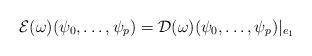
LaTeX: \begin{align*} \mathcal{E} (\omega) (\psi_0,\dots,\psi_{p})= \mathcal{D} (\omega) (\psi_0,\dots,\psi_{p}) \vert _{e_1}\end{align*}